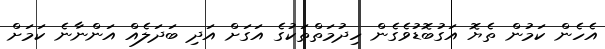
އެހެން ކަމުން ތެޔޮ އަގުބޮޑުވެގެން ހިދުމަތްތަކުގެ އަގަށް އަދި ބަދަލެއް އަންނާނެ ކަމަށް